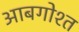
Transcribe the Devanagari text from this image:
आबगोश्त